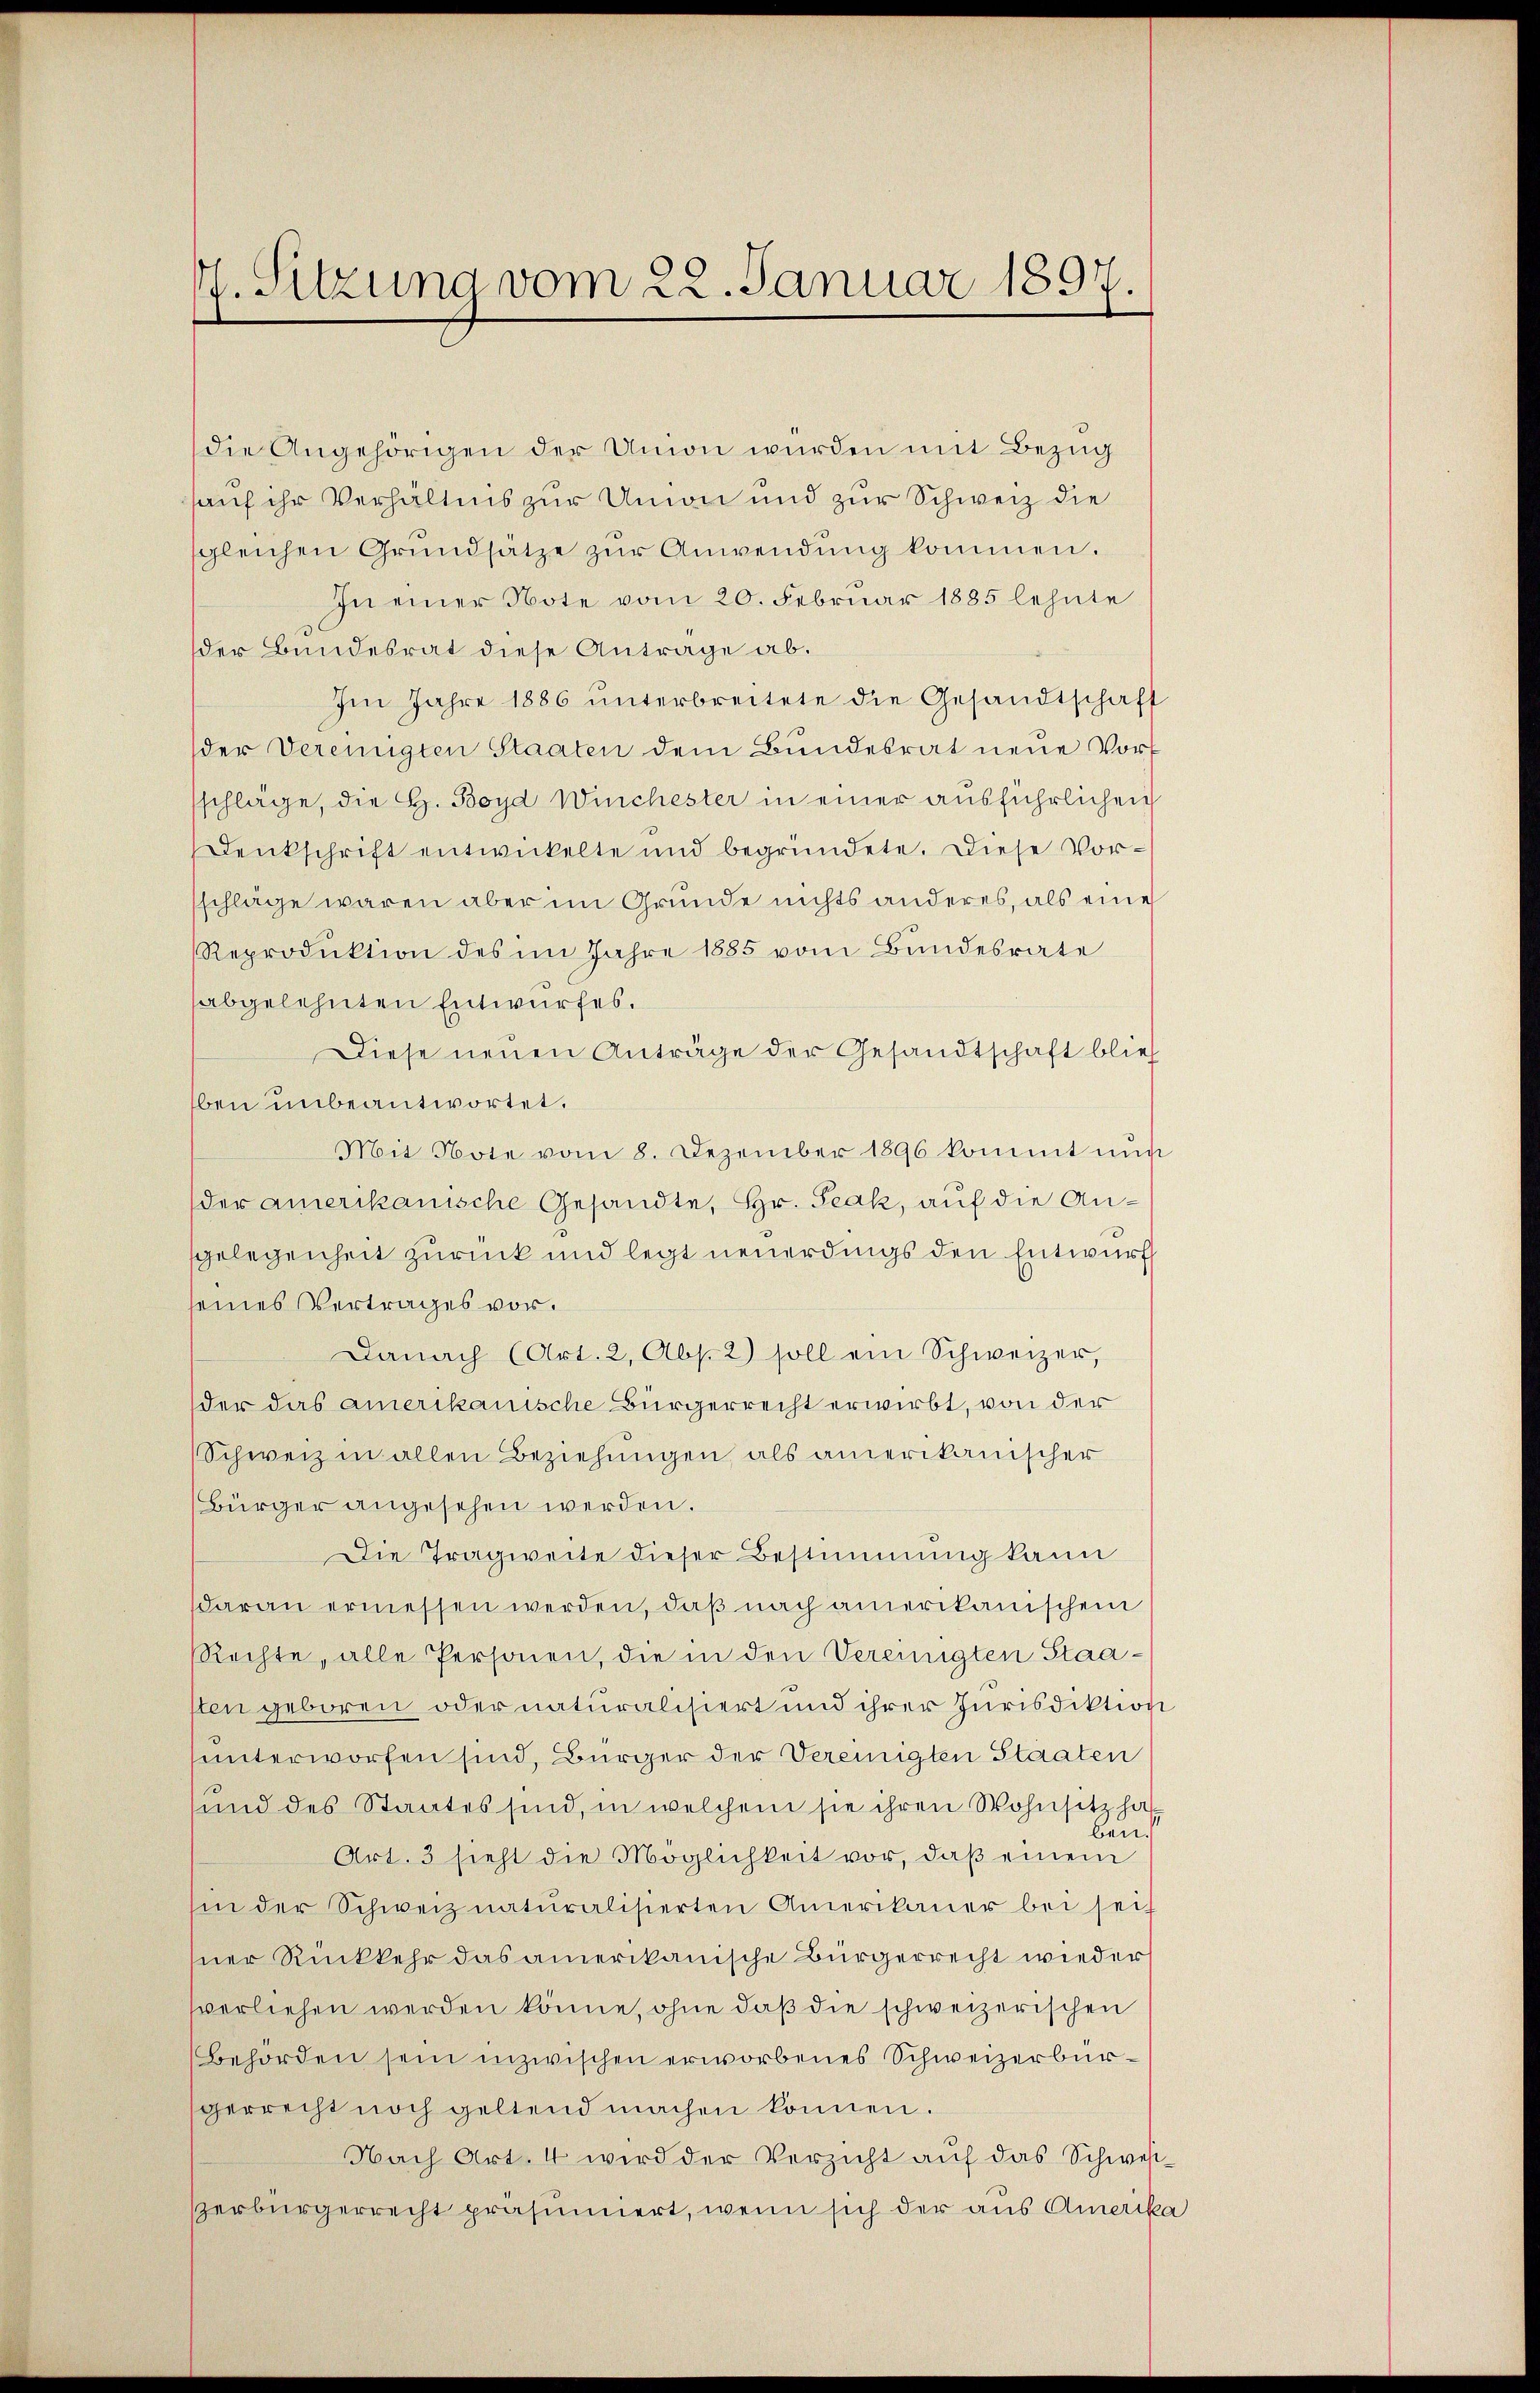
. Sitzung vom 22. Januar 1897.

die Angehörigen der Union würden mit Bezug
hauf ihr Verhältnis zur Union und zur Schweiz die
sgleichen Grundsätze zŭr Anwendung kommen.
In einer Note vom 20. Februar 1885 lehnte
der Bundesrat diese Antrage ab.
Im Jahre 1886 ŭnterbreitete die Gesandtschaft
der Vereinigten Staaten dem Bundesrat neue Vorsschläge, die H. Boyd Winchester in einer ausführlichen
Denkschrift entwickelte und begründete. Diese Vor-
sschläge waren aber im Grunde nichts anderes, als eine
Reproduktion des im Jahre 1885 vom Bundesrate
abgelehnten Entwurfes.
Diese neuen Anträge der Gesandtschaft blief
ben unbeantwortet.
Mit Note vom 8. Dezember 1896 kommt nun
der amerikanische Gesandte, Hr. Peak, auf die Angelegenheit zurück und legt neuerdings den Entwurf
seines Vertrages vor.
Danach (Art. 2, Abs. 2) soll ein Schweizer,
der das amerikanische Bürgerrecht erwirbt, von der
Schweiz in allen Beziehungen als amerikanischer
Bürger angesehen werden.
Die Tragweite dieser Bestimmung kann
daran ermessen werden, daß nach amerikanischen
Rechte, alle Personen, die in den Vereinigten Staasten geboren oder naturalisiert und ihrer Jurisdiktion
unterworfen sind, Bürger der Vereinigten Staaten
sund des Staates sind, in welchem sie ihren Wohnsitz hat
ben.
Art. 3 sieht die Möglichkeit vor, daβ einem
hin der Schweiz naturalisierten Amerikaner bei sei
sner Rückkehr das amerikanische Bürgerrecht wieder
vverliehen werden könne, ohne daβ die schweizerischen
Behörden sein inzwischen erworbenes Schweizerbürgerrecht noch geltend machen können.
Nach Art. 4 wird der Verzicht auf das Schwestzerbürgerrecht präsumiert, wenn sich der aus Amerika